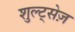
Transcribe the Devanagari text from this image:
शुल्ट्सेज़